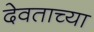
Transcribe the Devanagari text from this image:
देवताच्या